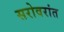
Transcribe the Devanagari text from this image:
सरोवरांत